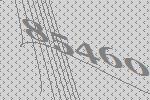
85460